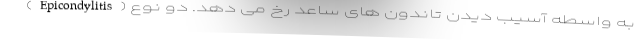
(Epicondylitis) به واسطه آسیب دیدن تاندون های ساعد رخ می دهد. دو نوع